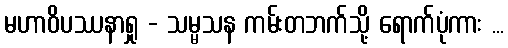
မဟာဝိပဿနာရှု - သမ္မသန ကမ်းတဘက်သို့ ရောက်ပုံကား ...